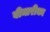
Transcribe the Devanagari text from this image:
बीमारीका